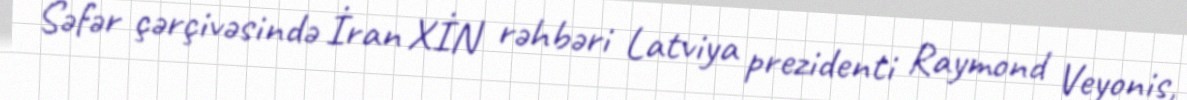
Səfər çərçivəsində İran XİN rəhbəri Latviya prezidenti Raymond Veyonis,